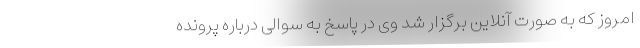
امروز که به صورت آنلاین برگزار شد وی در پاسخ به سوالی درباره پرونده